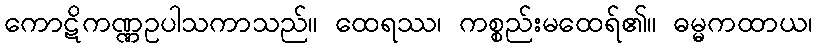
ကောဋိကဏ္ဏဥပါသကာသည်။ ထေရဿ၊ ကစ္စည်းမထေရ်၏။ ဓမ္မကထာယ၊